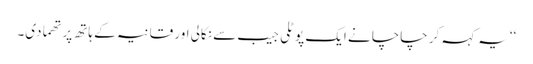
‘‘یہ کہہ کر چاچا نے ایک پوٹلی جیب سے نکالی اور قانیہ کے ہاتھ پر تھما دی۔